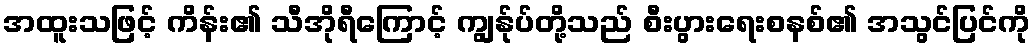
အထူးသဖြင့် ကိန်း၏ သီအိုရီကြောင့် ကျွန်ုပ်တို့သည် စီးပွားရေးစနစ်၏ အသွင်ပြင်ကို